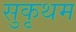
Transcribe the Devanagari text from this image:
सुकृथम